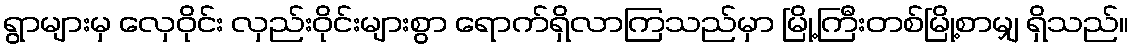
ရွာများမှ လှေဝိုင်း လှည်းဝိုင်းများစွာ ရောက်ရှိလာကြသည်မှာ မြို့ကြီးတစ်မြို့စာမျှ ရှိသည်။